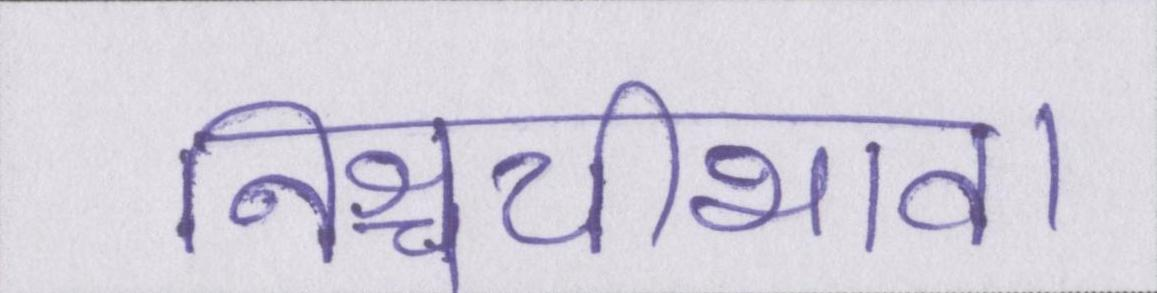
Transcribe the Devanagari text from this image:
निश्चयीभाव।